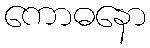
ကောဓနော